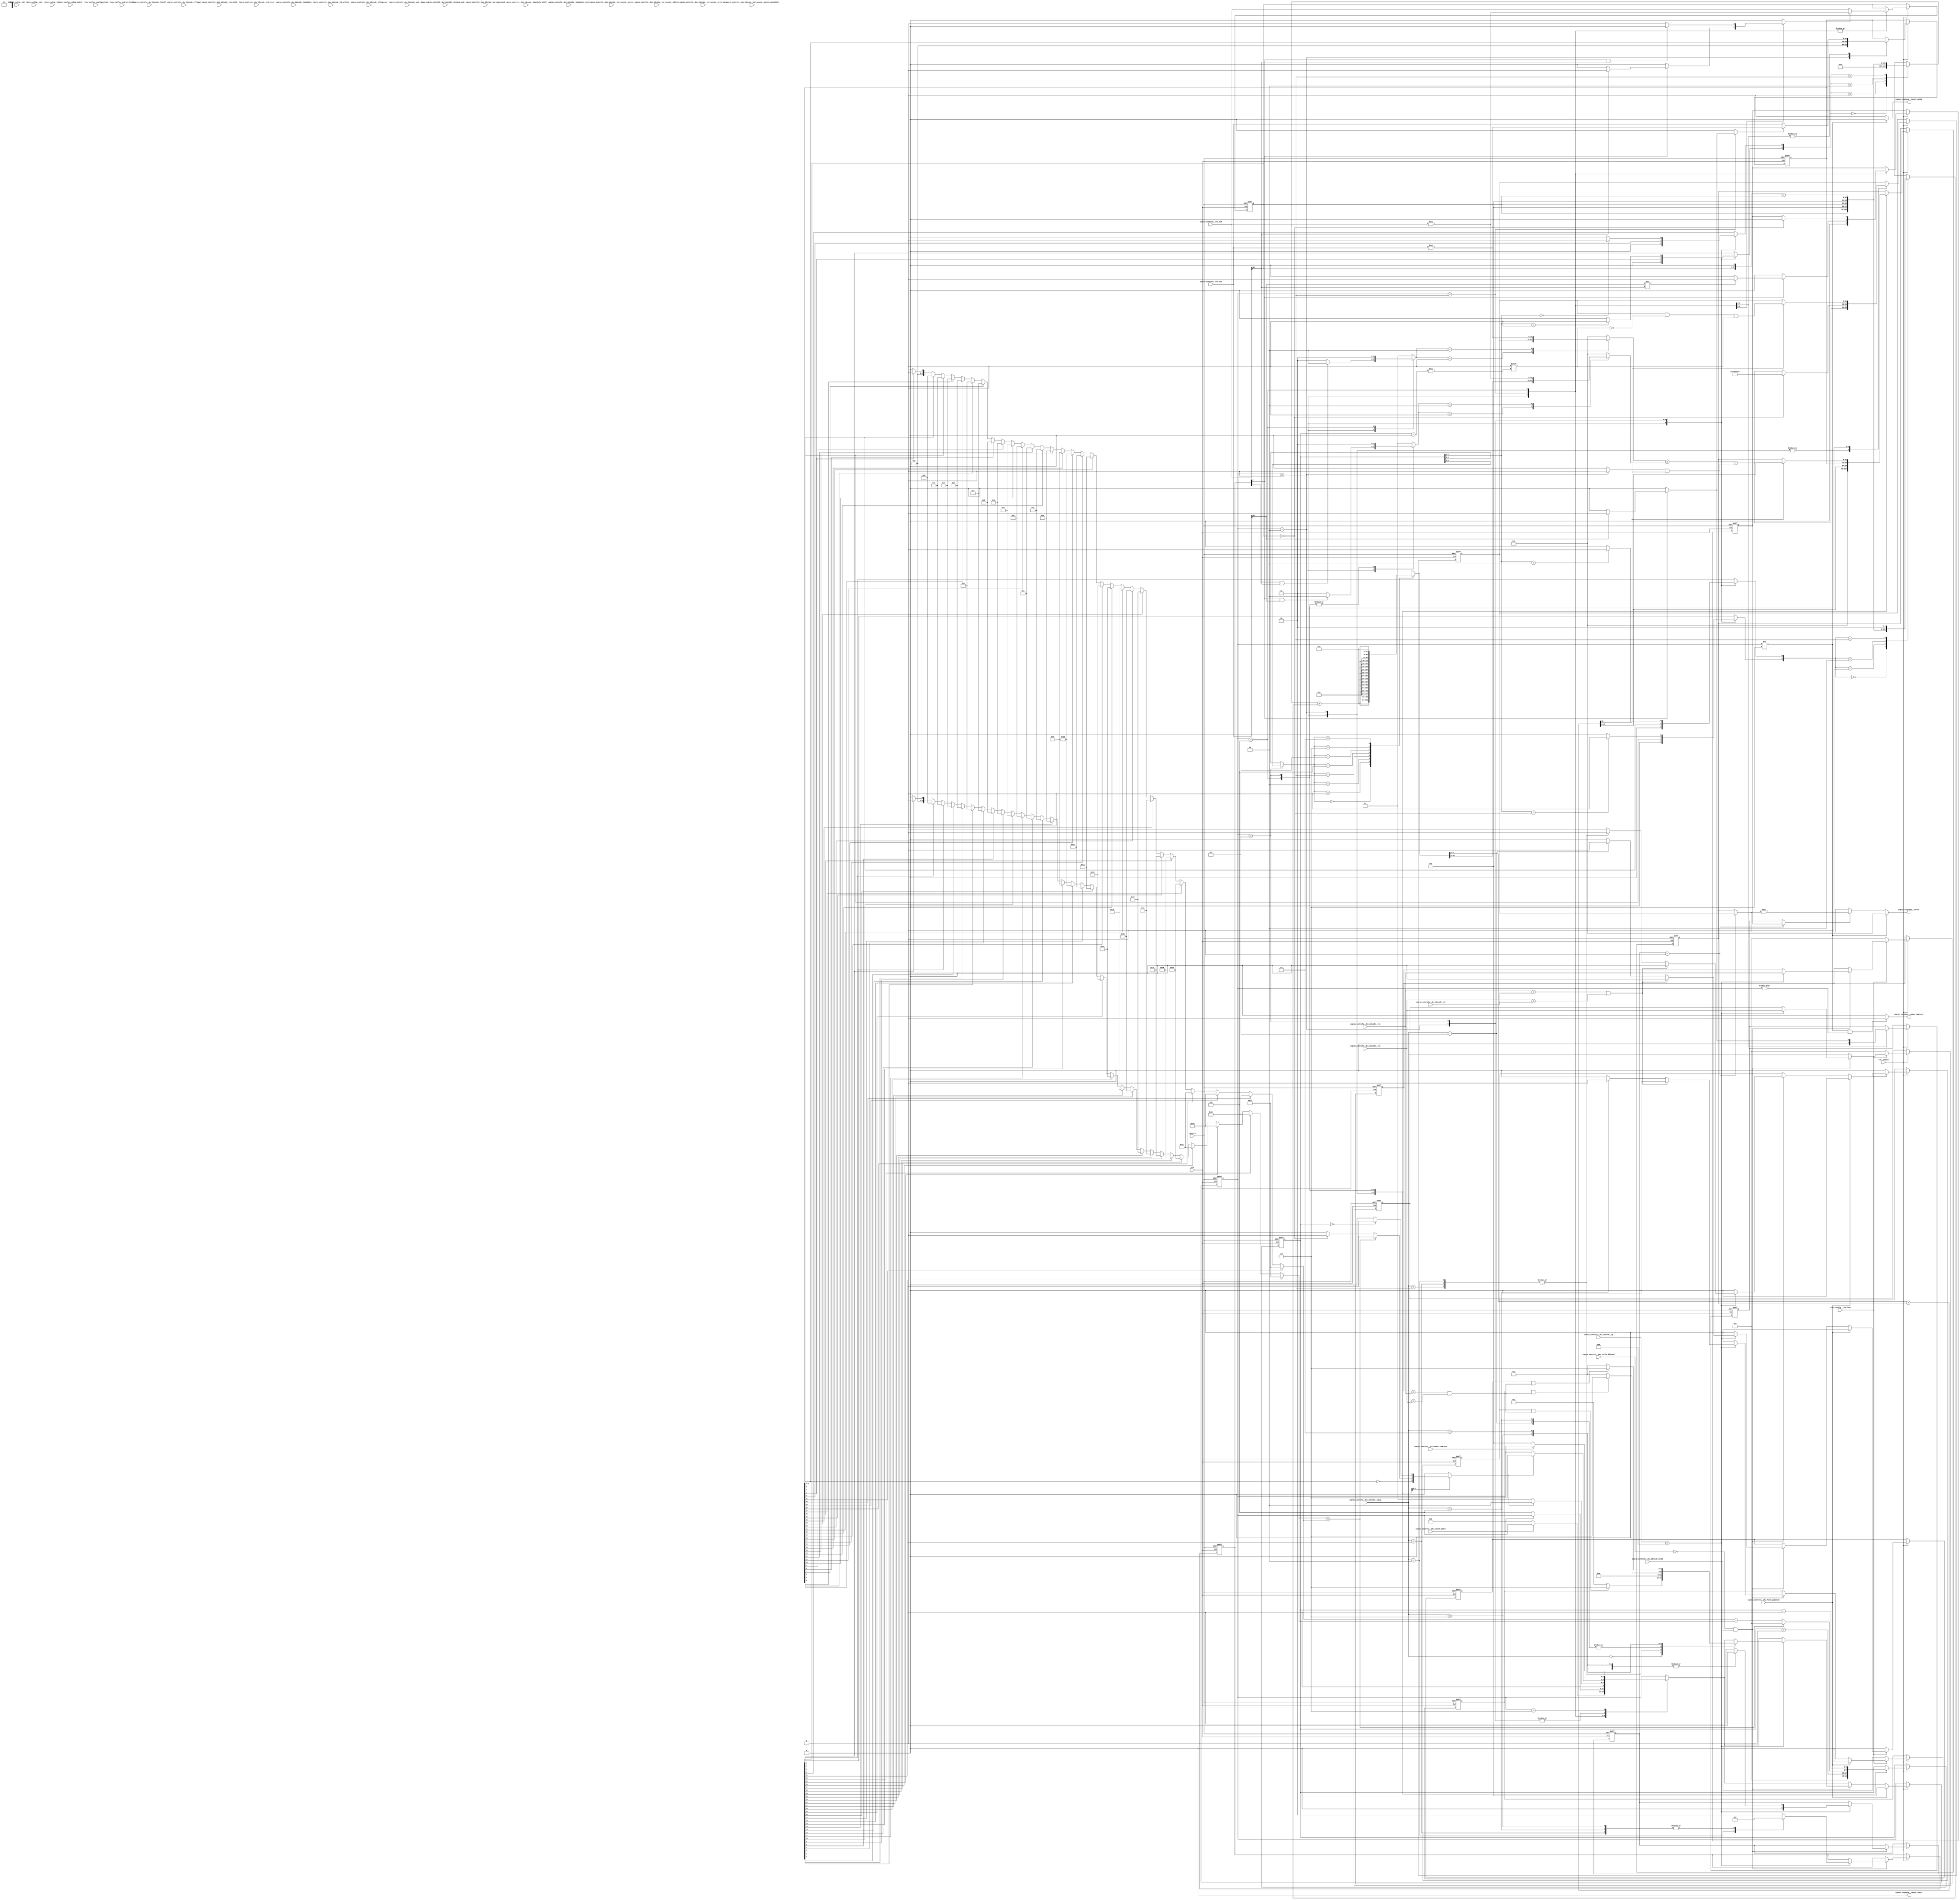
//a Note: created by CDL 1.4 - do not hand edit without recognizing it will be out of sync with the source
// Output mode 0 (VMOD=1, standard verilog=0)
// Verilog option comb reg suffix '__var'
// Verilog option include_displays 0
// Verilog option include_assertions 1
// Verilog option sv_assertions 0
// Verilog option assert delay string '<NULL>'
// Verilog option include_coverage 0
// Verilog option clock_gate_module_instance_type 'banana'
// Verilog option clock_gate_module_instance_extra_ports ''
// Verilog option use_always_at_star 1
// Verilog option clocks_must_have_enables 1

//a Module riscv_i32_muldiv
    //   
    //   
    //   Multiplication:
    //   
    //   Consider multiplication of two 3-bit numbers a and b (hence octal)
    //   
    //   A straight (unsigned) view of a value X as Xs.Xb  is Xb+4*Xs (Xs is sign bit, Xb remaining bits)
    //   A signed              view of a value X as Xs.Xb  is Xb-4*Xs
    //   Hence one can consider Xsigned = Xunsigned - 8*Xs
    //   
    //   Consider Runsigned = Xunsigned * Yunsigned
    //   Then Xsigned * Ysigned = (Xunsigned - 8*Xs) * (Yunsigned - 8*Ys)
    //                          = (Xunsigned*Yunsigned) + 64*Xs*Ys -8*(Xs*Yunsigned + Ys*Xunsigned)
    //   (mod 64)               = Runsigned             -8*(Xs*Yunsigned + Ys*Xunsigned)  
    //   
    //   Xunsigned * Yunsigned has the following multiplication table:
    //   
    //       0    1    2    3    4    5    6    7    
    //   0   0    0    0    0    0    0    0    0
    //   1   0    1    2    3    4    5    6    7    
    //   2   0    2    4    6   10   12   14   16
    //   3   0    3    6   11   14   17   22   25
    //   4   0    4   10   14   20   24   30   34
    //   5   0    5   12   17   24   31   36   43
    //   6   0    6   14   22   30   36   44   52
    //   7   0    7   16   25   34   43   52   61
    //   
    //   If both are signed then we have the following correction to add -8*(Xs*Yunsigned + Ys*Xunsigned) (in decimal...)
    //   
    //       0    1    2    3    4    5    6    7    
    //   0   0    0    0    0    0    0    0    0
    //   1   0    0    0    0   -8   -8   -8   -8
    //   2   0    0    0    0  -16  -16  -16  -16
    //   3   0    0    0    0  -24  -24  -24  -24
    //   4   0   -8  -16  -24  -64  -72  -80  -88
    //   5   0   -8  -16  -24  -72  -80  -88  -96
    //   6   0   -8  -16  -24  -80  -88  -96 -104
    //   7   0   -8  -16  -24  -88  -96 -104 -112
    //   
    //   And in octal (addition)
    //   
    //       0    1    2    3    4    5    6    7    
    //   0   0    0    0    0    0    0    0    0
    //   1   0    0    0    0   70   70   70   70
    //   2   0    0    0    0   60   60   60   60
    //   3   0    0    0    0   50   50   50   50
    //   4   0   70   60   50    0   70   60   50
    //   5   0   70   60   50   70   60   50   40
    //   6   0   70   60   50   60   50   40   30
    //   7   0   70   60   50   50   40   30   20
    //   
    //   If they are both signed (7==-1, 6==-2, 5=--3, 4==-4) we have the following multiplication table:
    //   
    //       0    1    2    3    4    5    6    7
    //   0   0    0    0    0    0    0    0    0
    //   1   0    1    2    3   74   75   76   77
    //   2   0    2    4    6   70   72   74   76
    //   3   0    3    6   11   64   67   72   75
    //   4   0   74   70   64   20   14   10    4
    //   5   0   75   72   67   14   11    6    3
    //   6   0   76   74   72   10    6    4    2
    //   7   0   77   76   75    4    3    2    1
    //   
    //   If the column (X) in unsigned and the row is signed then we have the following correction to add -8*Ys*Xunsigned (in decimal...)
    //   
    //       0    1    2    3    4    5    6    7    
    //   0   0    0    0    0    0    0    0    0
    //   1   0    0    0    0    0    0    0    0
    //   2   0    0    0    0    0    0    0    0
    //   3   0    0    0    0    0    0    0    0
    //   4   0   -8  -16  -24  -32  -40  -48  -56
    //   5   0   -8  -16  -24  -32  -40  -48  -56
    //   6   0   -8  -16  -24  -32  -40  -48  -56
    //   7   0   -8  -16  -24  -32  -40  -48  -56
    //   
    //   And in octal (addition)
    //   
    //       0    1    2    3    4    5    6    7    
    //   0   0    0    0    0    0    0    0    0
    //   1   0    0    0    0    0    0    0    0
    //   2   0    0    0    0    0    0    0    0
    //   3   0    0    0    0    0    0    0    0
    //   4   0   70   60   50   40   30   20   10
    //   5   0   70   60   50   40   30   20   10
    //   6   0   70   60   50   40   30   20   10
    //   7   0   70   60   50   40   30   20   10
    //   
    //   
    //   Hence the multiplication table:
    //   
    //       0    1    2    3    4    5    6    7
    //   0   0    0    0    0    0    0    0    0
    //   1   0    1    2    3    4    5    6    7
    //   2   0    2    4    6   10   12   14   16
    //   3   0    3    6   11   14   17   22   25
    //   4   0   74   70   64   60   54   50   44
    //   5   0   75   72   67   64   61   56   53
    //   6   0   76   74   72   70   66   64   62
    //   7   0   77   76   75   74   73   72   71
    //   
    //   
    //   Hence the multiplication of two 32-bit numbers X and Y, using a 64-bit accumulator A, can be performed by setting A initially to:
    //   
    //    0 for unsigned*unsigned
    //    -2^32*(X[31]?Y) for X signed Y unsigned
    //    -2^32*(Y[31]?X) for Y signed X unsigned
    //    -2^32*(Y[31]?X[31;0] + X[31]?Y[31;0]) for both signed.
    //   
    //   The operation of the multiply then requires a 64-bit accumulator
    //   
    //   +1 +4 provides 0, 1, 4, 5 (single 35-bit adder)
    //   (stage1_0 = 0; stage1_1 = (3b0,in); stage1_4 = (1b0,in,2b0); stage1_5 = stage1_1 + stage1_4;)
    //   
    //   +1 +4 with optional double provides 0, 2, 8, 10, 1, 3, 9, 11, 4, 6, 12, 14, 5, 7, 13, 15 (one more 36-bit adders)
    //   (0 = 0+0; 2=0+stage1_1_dbl; 3=stage1_1+stage1_1_dbl;
    //   stage2_add_in_0 = mux(stage1_0, stage1_1, stage1_4, stage1_5)
    //   stage2_add_in_1 = mux(stage1_0, stage1_1, stage1_4, stage1_5)<<1
    //   
    //   
    //   Division
    //   
    //   Unsigned division/remainder (column / row)
    //   
    //       0    1    2    3    4    5    6    7
    //   0  7/0  7/0  7/0  7/0  7/0  7/0  7/0  7/0
    //   1  0/0  1/0  2/0  3/0  4/0  5/0  6/0  7/0
    //   2  0/0  0/1  1/0  1/1  2/0  2/1  3/0  3/1
    //   3  0/0  0/1  0/2  1/0  1/1  1/2  2/0  2/1
    //   4  0/0  0/1  0/2  0/3  1/0  1/1  1/2  1/3
    //   5  0/0  0/1  0/2  0/3  0/4  1/0  1/1  1/2
    //   6  0/0  0/1  0/2  0/3  0/4  0/5  1/0  1/1
    //   7  0/0  0/1  0/2  0/3  0/4  0/5  0/6  1/0
    //   
    //   Signed division/remainder (column / row) (x86 except div by 0)
    //   Note: x86, C99 - sign of remainder = sign of dividend
    //   
    //       0    1    2    3    4    5    6    7
    //   0  7/0  7/0  7/0  7/0  7/0  7/0  7/0  7/0
    //   1  0/0  1/0  2/0  3/0  4/0  5/0  6/0  7/0
    //   2  0/0  0/1  1/0  1/1  6/0  7/7  7/0  0/7
    //   3  0/0  0/1  0/2  1/0  7/7  7/0  0/6  0/7
    //   4  0/0  0/1  0/2  0/3  1/0  0/5  0/6  0/7
    //   5  0/0  0/1  0/2  7/0  1/7  1/0  0/6  0/7
    //   6  0/0  0/1  7/0  7/1  2/0  1/7  1/0  0/7
    //   7  0/0  7/0  6/0  5/0  4/0  3/0  2/0  1/0
    //   
    //   For positive/positive one can use unsigned division directly
    //   For negative/negative one can do -d/-r, and negate the remainder
    //   For negative/positive one can do -d/r, then negate the result and the remainder
    //   For positive/negative one can do d/-r, then negate the result
    //   
    //   So the first cycle of a divide prepares 'positive' d and r and records the signs (as required)
    //   
    //   The multiply requires three adders
    //   One 34 bit; one 36 bit, one 64 bit.
    //   Divide requires compare; it could do 3 compares per cycle, or just one to start with
    //   
    //   We have a multiplier register that gets shifted; this can be the divisor that gets shifted
    //   
    //   Multiply then occurs with the following states:
    //   
    //   Init : adder high 0 is zero or abs(a) if signed and a negative; adder high 1 is zero or abs(b) if signed and b negative; a_reg <= rs1, b_reg <= rs2
    //   Step (until completed) : a_reg = a_reg>>4; mult=a_reg&15; shf=stage; adder is shifter + acc, with carry chain. complete if a_reg&15 will be 0
    //   Result valid: accumulator has result (present top or bottom half)
    //   
    //   Divide occurs with the following states:
    //   
    //   Init
    //   Shift
    //   Step (until completed)
    //   Result valid (provides result signing stuff)
    //   
    //   Hence the design is for a data pipeline with (for multiply):
    //   
    //   a_reg - contains multiplier
    //   b_reg - contains multiplicand
    //   accumulator - contains 64-bit result of multiply
    //               - initialize with 0 for unsigned*unsigned; -2^32*(X[31]?Y) for X signed Y unsigned; -2^32*(Y[31]?X) for Y signed X unsigned; -2^32*(Y[31]?X[31;0] + X[31]?Y[31;0]) for both signed
    //   mult_data = b_reg * bottom 4 bits of a_reg
    //   mult_shf  = b_reg * bottom 4 bits of a_reg shifted to be in correct position for accumulation (i.e. shift left by 4*stage)
    //   64-bit adder of accumulator plus mult_shf
    //   
    //   Result is accumulator - pick top or bottom 32 bits as required
    //   
    //   For divide it becomes:
    //   
    //   a_reg - contains abs(a) (if signed) else a (dividend)
    //   b_reg - contains -abs(b) (if signed) else -b (divisor)
    //   accumulator - bottom 32 bits contains remainder (initialized to a_reg)
    //               - top 32 bits contain quotient (initialized to zero)
    //   mult_data = b_reg << bottom 2 bits of stage
    //   mult_shf  = b_reg shifted to be in correct position for subtraction from remainder
    //   32-bit adder of low accumulator plus mult_shf; if >=0 then must update accumulator low and set bit in accumulator high
    //   32-bit 'set bit N of' of high accumulator to build quotient if 
    //   
    //   Quotient result is accumulator high, or negated accumulator high if signed and signs of two inputs differ
    //   Remainder result is accumulator low, or negated accumulator low if signed and dividend input was negative
    //   
    //   
module riscv_i32_muldiv
(
    clk,
    clk__enable,

    riscv_config__i32c,
    riscv_config__e32,
    riscv_config__i32m,
    riscv_config__i32m_fuse,
    riscv_config__debug_enable,
    riscv_config__coproc_disable,
    riscv_config__unaligned_mem,
    coproc_controls__dec_idecode_valid,
    coproc_controls__dec_idecode__rs1,
    coproc_controls__dec_idecode__rs1_valid,
    coproc_controls__dec_idecode__rs2,
    coproc_controls__dec_idecode__rs2_valid,
    coproc_controls__dec_idecode__rd,
    coproc_controls__dec_idecode__rd_written,
    coproc_controls__dec_idecode__csr_access__access_cancelled,
    coproc_controls__dec_idecode__csr_access__access,
    coproc_controls__dec_idecode__csr_access__address,
    coproc_controls__dec_idecode__csr_access__write_data,
    coproc_controls__dec_idecode__immediate,
    coproc_controls__dec_idecode__immediate_shift,
    coproc_controls__dec_idecode__immediate_valid,
    coproc_controls__dec_idecode__op,
    coproc_controls__dec_idecode__subop,
    coproc_controls__dec_idecode__funct7,
    coproc_controls__dec_idecode__minimum_mode,
    coproc_controls__dec_idecode__illegal,
    coproc_controls__dec_idecode__illegal_pc,
    coproc_controls__dec_idecode__is_compressed,
    coproc_controls__dec_idecode__ext__dummy,
    coproc_controls__dec_to_alu_blocked,
    coproc_controls__alu_rs1,
    coproc_controls__alu_rs2,
    coproc_controls__alu_flush_pipeline,
    coproc_controls__alu_cannot_start,
    coproc_controls__alu_cannot_complete,
    reset_n,

    coproc_response__cannot_start,
    coproc_response__result,
    coproc_response__result_valid,
    coproc_response__cannot_complete
);

    //b Clocks
    input clk;
    input clk__enable;

    //b Inputs
    input riscv_config__i32c;
    input riscv_config__e32;
    input riscv_config__i32m;
    input riscv_config__i32m_fuse;
    input riscv_config__debug_enable;
    input riscv_config__coproc_disable;
    input riscv_config__unaligned_mem;
    input coproc_controls__dec_idecode_valid;
    input [4:0]coproc_controls__dec_idecode__rs1;
    input coproc_controls__dec_idecode__rs1_valid;
    input [4:0]coproc_controls__dec_idecode__rs2;
    input coproc_controls__dec_idecode__rs2_valid;
    input [4:0]coproc_controls__dec_idecode__rd;
    input coproc_controls__dec_idecode__rd_written;
    input coproc_controls__dec_idecode__csr_access__access_cancelled;
    input [2:0]coproc_controls__dec_idecode__csr_access__access;
    input [11:0]coproc_controls__dec_idecode__csr_access__address;
    input [31:0]coproc_controls__dec_idecode__csr_access__write_data;
    input [31:0]coproc_controls__dec_idecode__immediate;
    input [4:0]coproc_controls__dec_idecode__immediate_shift;
    input coproc_controls__dec_idecode__immediate_valid;
    input [3:0]coproc_controls__dec_idecode__op;
    input [3:0]coproc_controls__dec_idecode__subop;
    input [6:0]coproc_controls__dec_idecode__funct7;
    input [2:0]coproc_controls__dec_idecode__minimum_mode;
    input coproc_controls__dec_idecode__illegal;
    input coproc_controls__dec_idecode__illegal_pc;
    input coproc_controls__dec_idecode__is_compressed;
    input coproc_controls__dec_idecode__ext__dummy;
    input coproc_controls__dec_to_alu_blocked;
    input [31:0]coproc_controls__alu_rs1;
    input [31:0]coproc_controls__alu_rs2;
    input coproc_controls__alu_flush_pipeline;
    input coproc_controls__alu_cannot_start;
    input coproc_controls__alu_cannot_complete;
    input reset_n;

    //b Outputs
    output coproc_response__cannot_start;
    output [31:0]coproc_response__result;
    output coproc_response__result_valid;
    output coproc_response__cannot_complete;

// output components here

    //b Output combinatorials
    reg coproc_response__cannot_start;
    reg [31:0]coproc_response__result;
    reg coproc_response__result_valid;
    reg coproc_response__cannot_complete;

    //b Output nets

    //b Internal and output registers
        //   State for fusing operations, if supported
    reg [4:0]dec_fuse__rs1;
    reg [4:0]dec_fuse__rs2;
    reg dec_fuse__was_mulh;
    reg dec_fuse__was_divu;
    reg dec_fuse__was_divs;
        //   State for the datapath and state machine
    reg [4:0]dp_state__stage;
    reg [2:0]dp_state__fsm_state;
    reg [31:0]dp_state__areg;
    reg [31:0]dp_state__breg;
    reg [31:0]dp_state__acc_low;
    reg [31:0]dp_state__acc_high;
    reg [1:0]dp_state__op_signed;
    reg dp_state__negate_remainder;
    reg dp_state__negate_result;
    reg [1:0]dp_state__result_type;

    //b Internal combinatorials
        //   Combinatorials used to determine fusing
    reg dec_fuse_combs__match;
        //   Combinatorials used in the module, not exported as the decode
    reg dp_combs__rs1_is_negative;
    reg dp_combs__rs2_is_negative;
    reg [31:0]dp_combs__neg_rs1;
    reg [31:0]dp_combs__neg_rs2;
    reg dp_combs__sel_neg_rs1;
    reg dp_combs__sel_neg_rs2;
    reg [31:0]dp_combs__sel_rs1;
    reg [31:0]dp_combs__sel_rs2;
    reg [4:0]dp_combs__areg_top_bit_set;
    reg [4:0]dp_combs__breg_top_bit_set;
    reg [1:0]dp_combs__sel0123;
    reg [1:0]dp_combs__sel048c;
    reg [35:0]dp_combs__breg_0;
    reg [35:0]dp_combs__breg_1;
    reg [35:0]dp_combs__breg_2;
    reg [35:0]dp_combs__breg_3;
    reg [35:0]dp_combs__breg_4;
    reg [35:0]dp_combs__breg_8;
    reg [35:0]dp_combs__breg_c;
    reg [35:0]dp_combs__mux_0123;
    reg [35:0]dp_combs__mux_048c;
    reg [35:0]dp_combs__mult_data;
    reg [2:0]dp_combs__shift;
    reg [63:0]dp_combs__mult_shf;
    reg [31:0]dp_combs__add_l_in_0;
    reg [31:0]dp_combs__add_l_in_1;
    reg [1:0]dp_combs__add_h_0_src;
    reg [31:0]dp_combs__add_h_in_0;
    reg [1:0]dp_combs__add_h_1_src;
    reg [31:0]dp_combs__add_h_in_1;
    reg [32:0]dp_combs__add_l;
    reg dp_combs__add_l_carry;
    reg dp_combs__acc_carry_low_to_high;
    reg dp_combs__add_h_carry_in;
    reg [32:0]dp_combs__add_h;
    reg dp_combs__add_h_carry;
    reg dp_combs__completed;
    reg dp_combs__result_neg;
    reg [31:0]dp_combs__result_acc;

    //b Internal nets

    //b Clock gating module instances
    //b Module instances
    //b rs1_rs2_datapath combinatorial process
        //   
        //       Code to select +/-/abs(rs1) and +/-/abs(rs2)
        //   
        //       This code is all that operates on rs1/rs2.
        //       
    always @ ( * )//rs1_rs2_datapath
    begin: rs1_rs2_datapath__comb_code
    reg [31:0]dp_combs__sel_rs1__var;
    reg [31:0]dp_combs__sel_rs2__var;
    reg [4:0]dp_combs__areg_top_bit_set__var;
    reg [4:0]dp_combs__breg_top_bit_set__var;
        dp_combs__rs1_is_negative = coproc_controls__alu_rs1[31];
        dp_combs__rs2_is_negative = coproc_controls__alu_rs2[31];
        dp_combs__neg_rs1 = -coproc_controls__alu_rs1;
        dp_combs__neg_rs2 = -coproc_controls__alu_rs2;
        dp_combs__sel_rs1__var = coproc_controls__alu_rs1;
        dp_combs__sel_rs2__var = coproc_controls__alu_rs2;
        if ((dp_combs__sel_neg_rs1!=1'h0))
        begin
            dp_combs__sel_rs1__var = dp_combs__neg_rs1;
        end //if
        if ((dp_combs__sel_neg_rs2!=1'h0))
        begin
            dp_combs__sel_rs2__var = dp_combs__neg_rs2;
        end //if
        dp_combs__areg_top_bit_set__var = 5'h0;
        dp_combs__breg_top_bit_set__var = 5'h0;
        if ((dp_state__areg[0]!=1'h0))
        begin
            dp_combs__areg_top_bit_set__var = 5'h0;
        end //if
        if ((dp_state__breg[0]!=1'h0))
        begin
            dp_combs__breg_top_bit_set__var = 5'h0;
        end //if
        if ((dp_state__areg[1]!=1'h0))
        begin
            dp_combs__areg_top_bit_set__var = 5'h1;
        end //if
        if ((dp_state__breg[1]!=1'h0))
        begin
            dp_combs__breg_top_bit_set__var = 5'h1;
        end //if
        if ((dp_state__areg[2]!=1'h0))
        begin
            dp_combs__areg_top_bit_set__var = 5'h2;
        end //if
        if ((dp_state__breg[2]!=1'h0))
        begin
            dp_combs__breg_top_bit_set__var = 5'h2;
        end //if
        if ((dp_state__areg[3]!=1'h0))
        begin
            dp_combs__areg_top_bit_set__var = 5'h3;
        end //if
        if ((dp_state__breg[3]!=1'h0))
        begin
            dp_combs__breg_top_bit_set__var = 5'h3;
        end //if
        if ((dp_state__areg[4]!=1'h0))
        begin
            dp_combs__areg_top_bit_set__var = 5'h4;
        end //if
        if ((dp_state__breg[4]!=1'h0))
        begin
            dp_combs__breg_top_bit_set__var = 5'h4;
        end //if
        if ((dp_state__areg[5]!=1'h0))
        begin
            dp_combs__areg_top_bit_set__var = 5'h5;
        end //if
        if ((dp_state__breg[5]!=1'h0))
        begin
            dp_combs__breg_top_bit_set__var = 5'h5;
        end //if
        if ((dp_state__areg[6]!=1'h0))
        begin
            dp_combs__areg_top_bit_set__var = 5'h6;
        end //if
        if ((dp_state__breg[6]!=1'h0))
        begin
            dp_combs__breg_top_bit_set__var = 5'h6;
        end //if
        if ((dp_state__areg[7]!=1'h0))
        begin
            dp_combs__areg_top_bit_set__var = 5'h7;
        end //if
        if ((dp_state__breg[7]!=1'h0))
        begin
            dp_combs__breg_top_bit_set__var = 5'h7;
        end //if
        if ((dp_state__areg[8]!=1'h0))
        begin
            dp_combs__areg_top_bit_set__var = 5'h8;
        end //if
        if ((dp_state__breg[8]!=1'h0))
        begin
            dp_combs__breg_top_bit_set__var = 5'h8;
        end //if
        if ((dp_state__areg[9]!=1'h0))
        begin
            dp_combs__areg_top_bit_set__var = 5'h9;
        end //if
        if ((dp_state__breg[9]!=1'h0))
        begin
            dp_combs__breg_top_bit_set__var = 5'h9;
        end //if
        if ((dp_state__areg[10]!=1'h0))
        begin
            dp_combs__areg_top_bit_set__var = 5'ha;
        end //if
        if ((dp_state__breg[10]!=1'h0))
        begin
            dp_combs__breg_top_bit_set__var = 5'ha;
        end //if
        if ((dp_state__areg[11]!=1'h0))
        begin
            dp_combs__areg_top_bit_set__var = 5'hb;
        end //if
        if ((dp_state__breg[11]!=1'h0))
        begin
            dp_combs__breg_top_bit_set__var = 5'hb;
        end //if
        if ((dp_state__areg[12]!=1'h0))
        begin
            dp_combs__areg_top_bit_set__var = 5'hc;
        end //if
        if ((dp_state__breg[12]!=1'h0))
        begin
            dp_combs__breg_top_bit_set__var = 5'hc;
        end //if
        if ((dp_state__areg[13]!=1'h0))
        begin
            dp_combs__areg_top_bit_set__var = 5'hd;
        end //if
        if ((dp_state__breg[13]!=1'h0))
        begin
            dp_combs__breg_top_bit_set__var = 5'hd;
        end //if
        if ((dp_state__areg[14]!=1'h0))
        begin
            dp_combs__areg_top_bit_set__var = 5'he;
        end //if
        if ((dp_state__breg[14]!=1'h0))
        begin
            dp_combs__breg_top_bit_set__var = 5'he;
        end //if
        if ((dp_state__areg[15]!=1'h0))
        begin
            dp_combs__areg_top_bit_set__var = 5'hf;
        end //if
        if ((dp_state__breg[15]!=1'h0))
        begin
            dp_combs__breg_top_bit_set__var = 5'hf;
        end //if
        if ((dp_state__areg[16]!=1'h0))
        begin
            dp_combs__areg_top_bit_set__var = 5'h10;
        end //if
        if ((dp_state__breg[16]!=1'h0))
        begin
            dp_combs__breg_top_bit_set__var = 5'h10;
        end //if
        if ((dp_state__areg[17]!=1'h0))
        begin
            dp_combs__areg_top_bit_set__var = 5'h11;
        end //if
        if ((dp_state__breg[17]!=1'h0))
        begin
            dp_combs__breg_top_bit_set__var = 5'h11;
        end //if
        if ((dp_state__areg[18]!=1'h0))
        begin
            dp_combs__areg_top_bit_set__var = 5'h12;
        end //if
        if ((dp_state__breg[18]!=1'h0))
        begin
            dp_combs__breg_top_bit_set__var = 5'h12;
        end //if
        if ((dp_state__areg[19]!=1'h0))
        begin
            dp_combs__areg_top_bit_set__var = 5'h13;
        end //if
        if ((dp_state__breg[19]!=1'h0))
        begin
            dp_combs__breg_top_bit_set__var = 5'h13;
        end //if
        if ((dp_state__areg[20]!=1'h0))
        begin
            dp_combs__areg_top_bit_set__var = 5'h14;
        end //if
        if ((dp_state__breg[20]!=1'h0))
        begin
            dp_combs__breg_top_bit_set__var = 5'h14;
        end //if
        if ((dp_state__areg[21]!=1'h0))
        begin
            dp_combs__areg_top_bit_set__var = 5'h15;
        end //if
        if ((dp_state__breg[21]!=1'h0))
        begin
            dp_combs__breg_top_bit_set__var = 5'h15;
        end //if
        if ((dp_state__areg[22]!=1'h0))
        begin
            dp_combs__areg_top_bit_set__var = 5'h16;
        end //if
        if ((dp_state__breg[22]!=1'h0))
        begin
            dp_combs__breg_top_bit_set__var = 5'h16;
        end //if
        if ((dp_state__areg[23]!=1'h0))
        begin
            dp_combs__areg_top_bit_set__var = 5'h17;
        end //if
        if ((dp_state__breg[23]!=1'h0))
        begin
            dp_combs__breg_top_bit_set__var = 5'h17;
        end //if
        if ((dp_state__areg[24]!=1'h0))
        begin
            dp_combs__areg_top_bit_set__var = 5'h18;
        end //if
        if ((dp_state__breg[24]!=1'h0))
        begin
            dp_combs__breg_top_bit_set__var = 5'h18;
        end //if
        if ((dp_state__areg[25]!=1'h0))
        begin
            dp_combs__areg_top_bit_set__var = 5'h19;
        end //if
        if ((dp_state__breg[25]!=1'h0))
        begin
            dp_combs__breg_top_bit_set__var = 5'h19;
        end //if
        if ((dp_state__areg[26]!=1'h0))
        begin
            dp_combs__areg_top_bit_set__var = 5'h1a;
        end //if
        if ((dp_state__breg[26]!=1'h0))
        begin
            dp_combs__breg_top_bit_set__var = 5'h1a;
        end //if
        if ((dp_state__areg[27]!=1'h0))
        begin
            dp_combs__areg_top_bit_set__var = 5'h1b;
        end //if
        if ((dp_state__breg[27]!=1'h0))
        begin
            dp_combs__breg_top_bit_set__var = 5'h1b;
        end //if
        if ((dp_state__areg[28]!=1'h0))
        begin
            dp_combs__areg_top_bit_set__var = 5'h1c;
        end //if
        if ((dp_state__breg[28]!=1'h0))
        begin
            dp_combs__breg_top_bit_set__var = 5'h1c;
        end //if
        if ((dp_state__areg[29]!=1'h0))
        begin
            dp_combs__areg_top_bit_set__var = 5'h1d;
        end //if
        if ((dp_state__breg[29]!=1'h0))
        begin
            dp_combs__breg_top_bit_set__var = 5'h1d;
        end //if
        if ((dp_state__areg[30]!=1'h0))
        begin
            dp_combs__areg_top_bit_set__var = 5'h1e;
        end //if
        if ((dp_state__breg[30]!=1'h0))
        begin
            dp_combs__breg_top_bit_set__var = 5'h1e;
        end //if
        if ((dp_state__areg[31]!=1'h0))
        begin
            dp_combs__areg_top_bit_set__var = 5'h1f;
        end //if
        if ((dp_state__breg[31]!=1'h0))
        begin
            dp_combs__breg_top_bit_set__var = 5'h1f;
        end //if
        dp_combs__sel_rs1 = dp_combs__sel_rs1__var;
        dp_combs__sel_rs2 = dp_combs__sel_rs2__var;
        dp_combs__areg_top_bit_set = dp_combs__areg_top_bit_set__var;
        dp_combs__breg_top_bit_set = dp_combs__breg_top_bit_set__var;
    end //always

    //b datapath combinatorial process
        //   
        //       mult_data [36 bits] = a 4-bit multiply of breg by sel0123/sel048c
        //       mult_shf  [64 bits] = mult_data << 4*shift
        //       i.e.
        //       mult_shf = breg << N (if sel0123/sel048c has a single bit K set then N=K + shift)
        //       or
        //       mult_shf = (breg * M) << N (M = {sel048c, sel0123})
        //       or
        //       mult_shf = 0 (if sel0123, sel048c = 0)
        //   
        //       add_l = mult_shf[32;0] + acc[32;0]
        //   
        //       For divide step,   add_l is remainder + ((-divisor)<<N)
        //       For multiply step, add_l is acc_l + (breg*(4 bits of areg))
        //   
        //       add_h = 0/-rs1/acc_h + 0/-rs2/shf_h
        //   
        //       For multiply init  add_h is 0/-rs1 + 0/-rs2 as the initial multiplier accumulator
        //       For multiply step, add_h is acc_h + (breg*(4 bits of areg))
        //       For divide shift,  add_h is 0 + 0
        //       For divide step,   add_h is acc_h + 0
        //   
        //       
    always @ ( * )//datapath
    begin: datapath__comb_code
    reg [35:0]dp_combs__mux_0123__var;
    reg [35:0]dp_combs__mux_048c__var;
    reg [63:0]dp_combs__mult_shf__var;
    reg [31:0]dp_combs__add_h_in_0__var;
    reg [31:0]dp_combs__add_h_in_1__var;
        dp_combs__breg_0 = 36'h0;
        dp_combs__breg_1 = {4'h0,dp_state__breg};
        dp_combs__breg_2 = {{3'h0,dp_state__breg},1'h0};
        dp_combs__breg_4 = {{2'h0,dp_state__breg},2'h0};
        dp_combs__breg_8 = {{1'h0,dp_state__breg},3'h0};
        dp_combs__breg_3 = (dp_combs__breg_2+dp_combs__breg_1);
        dp_combs__breg_c = {dp_combs__breg_3[33:0],2'h0};
        dp_combs__mux_0123__var = dp_combs__breg_0;
        case (dp_combs__sel0123) //synopsys parallel_case
        2'h0: // req 1
            begin
            dp_combs__mux_0123__var = dp_combs__breg_0;
            end
        2'h1: // req 1
            begin
            dp_combs__mux_0123__var = dp_combs__breg_1;
            end
        2'h2: // req 1
            begin
            dp_combs__mux_0123__var = dp_combs__breg_2;
            end
        2'h3: // req 1
            begin
            dp_combs__mux_0123__var = dp_combs__breg_3;
            end
    //synopsys  translate_off
    //pragma coverage off
        default:
            begin
                if (1)
                begin
                    $display("%t *********CDL ASSERTION FAILURE:riscv_i32_muldiv:datapath: Full switch statement did not cover all values", $time);
                end
            end
    //pragma coverage on
    //synopsys  translate_on
        endcase
        dp_combs__mux_048c__var = dp_combs__breg_0;
        case (dp_combs__sel048c) //synopsys parallel_case
        2'h0: // req 1
            begin
            dp_combs__mux_048c__var = dp_combs__breg_0;
            end
        2'h1: // req 1
            begin
            dp_combs__mux_048c__var = dp_combs__breg_4;
            end
        2'h2: // req 1
            begin
            dp_combs__mux_048c__var = dp_combs__breg_8;
            end
        2'h3: // req 1
            begin
            dp_combs__mux_048c__var = dp_combs__breg_c;
            end
    //synopsys  translate_off
    //pragma coverage off
        default:
            begin
                if (1)
                begin
                    $display("%t *********CDL ASSERTION FAILURE:riscv_i32_muldiv:datapath: Full switch statement did not cover all values", $time);
                end
            end
    //pragma coverage on
    //synopsys  translate_on
        endcase
        dp_combs__mult_data = (dp_combs__mux_0123__var+dp_combs__mux_048c__var);
        dp_combs__mult_shf__var = 64'h0;
        case (dp_combs__shift[2:0]) //synopsys parallel_case
        3'h0: // req 1
            begin
            dp_combs__mult_shf__var = {28'h0,dp_combs__mult_data};
            end
        3'h1: // req 1
            begin
            dp_combs__mult_shf__var = {{24'h0,dp_combs__mult_data},4'h0};
            end
        3'h2: // req 1
            begin
            dp_combs__mult_shf__var = {{20'h0,dp_combs__mult_data},8'h0};
            end
        3'h3: // req 1
            begin
            dp_combs__mult_shf__var = {{16'h0,dp_combs__mult_data},12'h0};
            end
        3'h4: // req 1
            begin
            dp_combs__mult_shf__var = {{12'h0,dp_combs__mult_data},16'h0};
            end
        3'h5: // req 1
            begin
            dp_combs__mult_shf__var = {{8'h0,dp_combs__mult_data},20'h0};
            end
        3'h6: // req 1
            begin
            dp_combs__mult_shf__var = {{4'h0,dp_combs__mult_data},24'h0};
            end
        3'h7: // req 1
            begin
            dp_combs__mult_shf__var = {dp_combs__mult_data,28'h0};
            end
    //synopsys  translate_off
    //pragma coverage off
        default:
            begin
                if (1)
                begin
                    $display("%t *********CDL ASSERTION FAILURE:riscv_i32_muldiv:datapath: Full switch statement did not cover all values", $time);
                end
            end
    //pragma coverage on
    //synopsys  translate_on
        endcase
        dp_combs__add_l_in_0 = dp_combs__mult_shf__var[31:0];
        dp_combs__add_l_in_1 = dp_state__acc_low;
        dp_combs__add_h_in_0__var = 32'h0;
        case (dp_combs__add_h_0_src) //synopsys parallel_case
        2'h0: // req 1
            begin
            dp_combs__add_h_in_0__var = 32'h0;
            end
        2'h1: // req 1
            begin
            dp_combs__add_h_in_0__var = dp_state__acc_high;
            end
        2'h2: // req 1
            begin
            dp_combs__add_h_in_0__var = dp_combs__neg_rs1;
            end
        //synopsys  translate_off
        //pragma coverage off
        //synopsys  translate_on
        default:
            begin
            //Need a default case to make Cadence Lint happy, even though this is not a full case
            end
        //synopsys  translate_off
        //pragma coverage on
        //synopsys  translate_on
        endcase
        dp_combs__add_h_in_1__var = 32'h0;
        case (dp_combs__add_h_1_src) //synopsys parallel_case
        2'h0: // req 1
            begin
            dp_combs__add_h_in_1__var = 32'h0;
            end
        2'h1: // req 1
            begin
            dp_combs__add_h_in_1__var = dp_combs__mult_shf__var[63:32];
            end
        2'h2: // req 1
            begin
            dp_combs__add_h_in_1__var = dp_combs__neg_rs2;
            end
        //synopsys  translate_off
        //pragma coverage off
        //synopsys  translate_on
        default:
            begin
            //Need a default case to make Cadence Lint happy, even though this is not a full case
            end
        //synopsys  translate_off
        //pragma coverage on
        //synopsys  translate_on
        endcase
        dp_combs__add_l = ({1'h0,dp_combs__add_l_in_0}+{1'h0,dp_combs__add_l_in_1});
        dp_combs__add_l_carry = dp_combs__add_l[32];
        dp_combs__add_h_carry_in = ((dp_combs__acc_carry_low_to_high!=1'h0)&&(dp_combs__add_l_carry!=1'h0));
        dp_combs__add_h = (({1'h0,dp_combs__add_h_in_0__var}+{1'h0,dp_combs__add_h_in_1__var})+{32'h0,dp_combs__add_h_carry_in});
        dp_combs__add_h_carry = dp_combs__add_h[32];
        dp_combs__mux_0123 = dp_combs__mux_0123__var;
        dp_combs__mux_048c = dp_combs__mux_048c__var;
        dp_combs__mult_shf = dp_combs__mult_shf__var;
        dp_combs__add_h_in_0 = dp_combs__add_h_in_0__var;
        dp_combs__add_h_in_1 = dp_combs__add_h_in_1__var;
    end //always

    //b control__comb combinatorial process
        //   
        //       
    always @ ( * )//control__comb
    begin: control__comb_code
    reg [1:0]dp_combs__sel0123__var;
    reg [1:0]dp_combs__sel048c__var;
    reg [2:0]dp_combs__shift__var;
    reg [1:0]dp_combs__add_h_0_src__var;
    reg [1:0]dp_combs__add_h_1_src__var;
    reg dp_combs__acc_carry_low_to_high__var;
    reg dp_combs__sel_neg_rs1__var;
    reg dp_combs__sel_neg_rs2__var;
    reg dp_combs__completed__var;
        dp_combs__sel0123__var = dp_state__breg[1:0];
        dp_combs__sel048c__var = dp_state__breg[3:2];
        dp_combs__shift__var = dp_state__stage[2:0];
        dp_combs__add_h_0_src__var = 2'h1;
        dp_combs__add_h_1_src__var = 2'h1;
        dp_combs__acc_carry_low_to_high__var = 1'h0;
        dp_combs__sel_neg_rs1__var = 1'h0;
        dp_combs__sel_neg_rs2__var = 1'h0;
        dp_combs__completed__var = 1'h0;
        case (dp_state__fsm_state) //synopsys parallel_case
        3'h1: // req 1
            begin
            dp_combs__sel0123__var = 2'h0;
            dp_combs__sel048c__var = 2'h0;
            dp_combs__add_h_0_src__var = 2'h0;
            dp_combs__add_h_1_src__var = 2'h0;
            if (((dp_state__op_signed[0]!=1'h0)&&(dp_combs__rs1_is_negative!=1'h0)))
            begin
                dp_combs__add_h_1_src__var = 2'h2;
            end //if
            if (((dp_state__op_signed[1]!=1'h0)&&(dp_combs__rs2_is_negative!=1'h0)))
            begin
                dp_combs__add_h_0_src__var = 2'h2;
            end //if
            end
        3'h2: // req 1
            begin
            dp_combs__sel0123__var = dp_state__areg[1:0];
            dp_combs__sel048c__var = dp_state__areg[3:2];
            dp_combs__shift__var = dp_state__stage[2:0];
            dp_combs__acc_carry_low_to_high__var = 1'h1;
            dp_combs__add_h_0_src__var = 2'h1;
            dp_combs__add_h_1_src__var = 2'h1;
            dp_combs__completed__var = (dp_state__areg[31:4]==28'h0);
            end
        3'h3: // req 1
            begin
            if ((dp_state__op_signed[0]!=1'h0))
            begin
                if ((dp_combs__rs1_is_negative!=1'h0))
                begin
                    dp_combs__sel_neg_rs1__var = 1'h1;
                end //if
                if ((dp_combs__rs2_is_negative!=1'h0))
                begin
                    dp_combs__sel_neg_rs2__var = 1'h1;
                end //if
            end //if
            end
        3'h4: // req 1
            begin
            dp_combs__sel_neg_rs2__var = 1'h1;
            if (((dp_state__op_signed[0]!=1'h0)&&(dp_combs__rs2_is_negative!=1'h0)))
            begin
                dp_combs__sel_neg_rs2__var = 1'h0;
            end //if
            dp_combs__acc_carry_low_to_high__var = 1'h0;
            dp_combs__add_h_0_src__var = 2'h0;
            dp_combs__add_h_1_src__var = 2'h0;
            if ((dp_state__breg==32'h0))
            begin
                dp_combs__completed__var = 1'h1;
            end //if
            if ((dp_combs__breg_top_bit_set>dp_combs__areg_top_bit_set))
            begin
                dp_combs__completed__var = 1'h1;
            end //if
            end
        3'h5: // req 1
            begin
            dp_combs__sel0123__var = 2'h0;
            dp_combs__sel048c__var = 2'h0;
            if ((dp_state__stage[1:0]==2'h0))
            begin
                dp_combs__sel0123__var[0] = 1'h1;
            end //if
            if ((dp_state__stage[1:0]==2'h1))
            begin
                dp_combs__sel0123__var[1] = 1'h1;
            end //if
            if ((dp_state__stage[1:0]==2'h2))
            begin
                dp_combs__sel048c__var[0] = 1'h1;
            end //if
            if ((dp_state__stage[1:0]==2'h3))
            begin
                dp_combs__sel048c__var[1] = 1'h1;
            end //if
            dp_combs__shift__var = dp_state__stage[4:2];
            dp_combs__add_h_0_src__var = 2'h1;
            dp_combs__add_h_1_src__var = 2'h0;
            dp_combs__acc_carry_low_to_high__var = 1'h0;
            if ((dp_state__stage==5'h0))
            begin
                dp_combs__completed__var = 1'h1;
            end //if
            end
        //synopsys  translate_off
        //pragma coverage off
        //synopsys  translate_on
        default:
            begin
            //Need a default case to make Cadence Lint happy, even though this is not a full case
            end
        //synopsys  translate_off
        //pragma coverage on
        //synopsys  translate_on
        endcase
        dp_combs__sel0123 = dp_combs__sel0123__var;
        dp_combs__sel048c = dp_combs__sel048c__var;
        dp_combs__shift = dp_combs__shift__var;
        dp_combs__add_h_0_src = dp_combs__add_h_0_src__var;
        dp_combs__add_h_1_src = dp_combs__add_h_1_src__var;
        dp_combs__acc_carry_low_to_high = dp_combs__acc_carry_low_to_high__var;
        dp_combs__sel_neg_rs1 = dp_combs__sel_neg_rs1__var;
        dp_combs__sel_neg_rs2 = dp_combs__sel_neg_rs2__var;
        dp_combs__completed = dp_combs__completed__var;
    end //always

    //b control__posedge_clk_active_low_reset_n clock process
        //   
        //       
    always @( posedge clk or negedge reset_n)
    begin : control__posedge_clk_active_low_reset_n__code
        if (reset_n==1'b0)
        begin
            dp_state__stage <= 5'h0;
            dp_state__areg <= 32'h0;
            dp_state__breg <= 32'h0;
            dp_state__acc_low <= 32'h0;
            dp_state__acc_high <= 32'h0;
            dp_state__negate_result <= 1'h0;
            dp_state__negate_remainder <= 1'h0;
        end
        else if (clk__enable)
        begin
            case (dp_state__fsm_state) //synopsys parallel_case
            3'h1: // req 1
                begin
                dp_state__stage <= 5'h0;
                dp_state__areg <= dp_combs__sel_rs1;
                dp_state__breg <= dp_combs__sel_rs2;
                dp_state__acc_low <= 32'h0;
                dp_state__acc_high <= dp_combs__add_h[31:0];
                dp_state__negate_result <= 1'h0;
                dp_state__negate_remainder <= 1'h0;
                end
            3'h2: // req 1
                begin
                dp_state__stage <= (dp_state__stage+5'h1);
                dp_state__areg <= (dp_state__areg>>64'h4);
                dp_state__acc_low <= dp_combs__add_l[31:0];
                dp_state__acc_high <= dp_combs__add_h[31:0];
                end
            3'h3: // req 1
                begin
                dp_state__negate_result <= 1'h0;
                dp_state__negate_remainder <= 1'h0;
                dp_state__areg <= dp_combs__sel_rs1;
                dp_state__breg <= dp_combs__sel_rs2;
                if ((dp_state__op_signed[0]!=1'h0))
                begin
                    if ((dp_combs__rs1_is_negative!=1'h0))
                    begin
                        dp_state__negate_remainder <= 1'h1;
                    end //if
                    if ((dp_combs__rs1_is_negative!=dp_combs__rs2_is_negative))
                    begin
                        dp_state__negate_result <= 1'h1;
                    end //if
                end //if
                end
            3'h4: // req 1
                begin
                dp_state__breg <= dp_combs__sel_rs2;
                dp_state__acc_low <= dp_state__areg;
                dp_state__acc_high <= dp_combs__add_h[31:0];
                if ((dp_state__breg==32'h0))
                begin
                    dp_state__acc_high <= 32'hffffffff;
                    dp_state__negate_result <= 1'h0;
                end //if
                dp_state__stage <= (dp_combs__areg_top_bit_set-dp_combs__breg_top_bit_set);
                if ((dp_combs__breg_top_bit_set>dp_combs__areg_top_bit_set))
                begin
                    dp_state__stage <= 5'h0;
                end //if
                end
            3'h5: // req 1
                begin
                if ((dp_combs__add_l_carry!=1'h0))
                begin
                    dp_state__acc_low <= dp_combs__add_l[31:0];
                    dp_state__acc_high[dp_state__stage] <= 1'h1;
                end //if
                dp_state__stage <= (dp_state__stage-5'h1);
                end
            //synopsys  translate_off
            //pragma coverage off
            //synopsys  translate_on
            default:
                begin
                //Need a default case to make Cadence Lint happy, even though this is not a full case
                end
            //synopsys  translate_off
            //pragma coverage on
            //synopsys  translate_on
            endcase
        end //if
    end //always

    //b state_machine__comb combinatorial process
        //   
        //       The state machine is simple enough.
        //   
        //       The starting point is either mul_init or div_init; however, for
        //       mul after mulh and rem[us] after div[us] the second can go
        //       straight to complete.
        //       
    always @ ( * )//state_machine__comb
    begin: state_machine__comb_code
        dec_fuse_combs__match = ((dec_fuse__rs1==coproc_controls__dec_idecode__rs1)&&(dec_fuse__rs2==coproc_controls__dec_idecode__rs2));
    end //always

    //b state_machine__posedge_clk_active_low_reset_n clock process
        //   
        //       The state machine is simple enough.
        //   
        //       The starting point is either mul_init or div_init; however, for
        //       mul after mulh and rem[us] after div[us] the second can go
        //       straight to complete.
        //       
    always @( posedge clk or negedge reset_n)
    begin : state_machine__posedge_clk_active_low_reset_n__code
        if (reset_n==1'b0)
        begin
            dp_state__fsm_state <= 3'h0;
            dec_fuse__was_mulh <= 1'h0;
            dec_fuse__was_divu <= 1'h0;
            dec_fuse__was_divs <= 1'h0;
            dec_fuse__rs1 <= 5'h0;
            dec_fuse__rs2 <= 5'h0;
            dp_state__op_signed <= 2'h0;
            dp_state__result_type <= 2'h0;
        end
        else if (clk__enable)
        begin
            case (dp_state__fsm_state) //synopsys parallel_case
            3'h0: // req 1
                begin
                dp_state__fsm_state <= dp_state__fsm_state;
                end
            3'h1: // req 1
                begin
                if (!(coproc_controls__alu_cannot_start!=1'h0))
                begin
                    dp_state__fsm_state <= 3'h2;
                end //if
                end
            3'h2: // req 1
                begin
                if ((dp_combs__completed!=1'h0))
                begin
                    dp_state__fsm_state <= 3'h6;
                end //if
                end
            3'h3: // req 1
                begin
                if (!(coproc_controls__alu_cannot_start!=1'h0))
                begin
                    dp_state__fsm_state <= 3'h4;
                end //if
                end
            3'h4: // req 1
                begin
                dp_state__fsm_state <= 3'h5;
                if ((dp_combs__completed!=1'h0))
                begin
                    dp_state__fsm_state <= 3'h6;
                end //if
                end
            3'h5: // req 1
                begin
                if ((dp_combs__completed!=1'h0))
                begin
                    dp_state__fsm_state <= 3'h6;
                end //if
                end
            3'h6: // req 1
                begin
                if (!(coproc_controls__alu_cannot_complete!=1'h0))
                begin
                    dp_state__fsm_state <= 3'h0;
                end //if
                end
    //synopsys  translate_off
    //pragma coverage off
            default:
                begin
                    if (1)
                    begin
                        $display("%t *********CDL ASSERTION FAILURE:riscv_i32_muldiv:state_machine: Full switch statement did not cover all values", $time);
                    end
                end
    //pragma coverage on
    //synopsys  translate_on
            endcase
            if ((!(coproc_controls__dec_to_alu_blocked!=1'h0)&&(coproc_controls__dec_idecode_valid!=1'h0)))
            begin
                dec_fuse__was_mulh <= 1'h0;
                dec_fuse__was_divu <= 1'h0;
                dec_fuse__was_divs <= 1'h0;
                if ((coproc_controls__dec_idecode__op==4'h8))
                begin
                    dec_fuse__rs1 <= coproc_controls__dec_idecode__rs1;
                    dec_fuse__rs2 <= coproc_controls__dec_idecode__rs2;
                    dp_state__op_signed <= 2'h0;
                    dp_state__result_type <= 2'h0;
                    case (coproc_controls__dec_idecode__subop) //synopsys parallel_case
                    4'h0: // req 1
                        begin
                        dp_state__fsm_state <= 3'h1;
                        dp_state__result_type <= 2'h0;
                        if (((dec_fuse__was_mulh!=1'h0)&&(dec_fuse_combs__match!=1'h0)))
                        begin
                            dp_state__fsm_state <= 3'h6;
                        end //if
                        end
                    4'h1: // req 1
                        begin
                        dp_state__fsm_state <= 3'h1;
                        dp_state__result_type <= 2'h1;
                        dp_state__op_signed <= 2'h3;
                        dec_fuse__was_mulh <= 1'h1;
                        end
                    4'h2: // req 1
                        begin
                        dp_state__fsm_state <= 3'h1;
                        dp_state__result_type <= 2'h1;
                        dp_state__op_signed <= 2'h1;
                        dec_fuse__was_mulh <= 1'h1;
                        end
                    4'h3: // req 1
                        begin
                        dp_state__fsm_state <= 3'h1;
                        dp_state__result_type <= 2'h1;
                        dp_state__op_signed <= 2'h0;
                        dec_fuse__was_mulh <= 1'h1;
                        end
                    4'h4: // req 1
                        begin
                        dp_state__fsm_state <= 3'h3;
                        dp_state__result_type <= 2'h1;
                        dp_state__op_signed <= 2'h3;
                        dec_fuse__was_divs <= 1'h1;
                        end
                    4'h5: // req 1
                        begin
                        dp_state__fsm_state <= 3'h3;
                        dp_state__result_type <= 2'h1;
                        dec_fuse__was_divu <= 1'h1;
                        end
                    4'h6: // req 1
                        begin
                        dp_state__fsm_state <= 3'h3;
                        dp_state__result_type <= 2'h0;
                        dp_state__op_signed <= 2'h3;
                        if (((dec_fuse__was_divs!=1'h0)&&(dec_fuse_combs__match!=1'h0)))
                        begin
                            dp_state__fsm_state <= 3'h6;
                        end //if
                        end
                    4'h7: // req 1
                        begin
                        dp_state__fsm_state <= 3'h3;
                        dp_state__result_type <= 2'h0;
                        if (((dec_fuse__was_divu!=1'h0)&&(dec_fuse_combs__match!=1'h0)))
                        begin
                            dp_state__fsm_state <= 3'h6;
                        end //if
                        end
                    default: // req 1
                        begin
                        dp_state__result_type <= 2'h1;
                        end
                    endcase
                    if (((coproc_controls__dec_idecode__rs1==coproc_controls__dec_idecode__rd)||(coproc_controls__dec_idecode__rs2==coproc_controls__dec_idecode__rd)))
                    begin
                        dec_fuse__was_mulh <= 1'h0;
                        dec_fuse__was_divu <= 1'h0;
                        dec_fuse__was_divs <= 1'h0;
                    end //if
                end //if
            end //if
            if ((coproc_controls__alu_flush_pipeline!=1'h0))
            begin
                dp_state__fsm_state <= 3'h0;
                dec_fuse__was_mulh <= 1'h0;
                dec_fuse__was_divu <= 1'h0;
                dec_fuse__was_divs <= 1'h0;
            end //if
            if (((1'h0!=64'h0)||!(riscv_config__i32m_fuse!=1'h0)))
            begin
                dec_fuse__rs1 <= 5'h0;
                dec_fuse__rs2 <= 5'h0;
                dec_fuse__was_mulh <= 1'h0;
                dec_fuse__was_divu <= 1'h0;
                dec_fuse__was_divs <= 1'h0;
            end //if
        end //if
    end //always

    //b outputs combinatorial process
        //   
        //       
    always @ ( * )//outputs
    begin: outputs__comb_code
    reg [31:0]dp_combs__result_acc__var;
    reg dp_combs__result_neg__var;
    reg [31:0]coproc_response__result__var;
    reg coproc_response__cannot_complete__var;
    reg coproc_response__result_valid__var;
        dp_combs__result_acc__var = dp_state__acc_low;
        dp_combs__result_neg__var = dp_state__negate_remainder;
        if ((dp_state__result_type==2'h1))
        begin
            dp_combs__result_acc__var = dp_state__acc_high;
            dp_combs__result_neg__var = dp_state__negate_result;
        end //if
        coproc_response__result__var = dp_combs__result_acc__var;
        if ((dp_combs__result_neg__var!=1'h0))
        begin
            coproc_response__result__var = -dp_combs__result_acc__var;
        end //if
        coproc_response__cannot_complete__var = 1'h0;
        coproc_response__result_valid__var = 1'h1;
        if ((dp_state__fsm_state!=3'h6))
        begin
            coproc_response__result_valid__var = 1'h0;
            coproc_response__result__var = 32'h0;
        end //if
        if (((dp_state__fsm_state!=3'h6)&&(dp_state__fsm_state!=3'h0)))
        begin
            coproc_response__cannot_complete__var = 1'h1;
        end //if
        coproc_response__cannot_start = 1'h0;
        dp_combs__result_acc = dp_combs__result_acc__var;
        dp_combs__result_neg = dp_combs__result_neg__var;
        coproc_response__result = coproc_response__result__var;
        coproc_response__cannot_complete = coproc_response__cannot_complete__var;
        coproc_response__result_valid = coproc_response__result_valid__var;
    end //always

endmodule // riscv_i32_muldiv